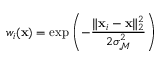
w _ { i } ( \mathbf { x } ) = \exp \left( - \frac { \| \mathbf { x } _ { i } - \mathbf { x } \| _ { 2 } ^ { 2 } } { 2 \sigma _ { \mathcal { M } } ^ { 2 } } \right)